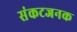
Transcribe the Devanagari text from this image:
संकटजनक